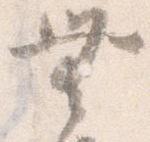
無